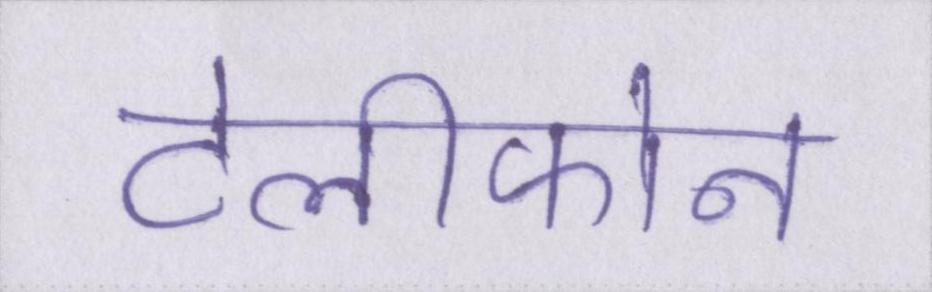
टेलीफोन